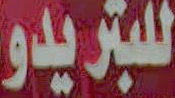
للبتريدو